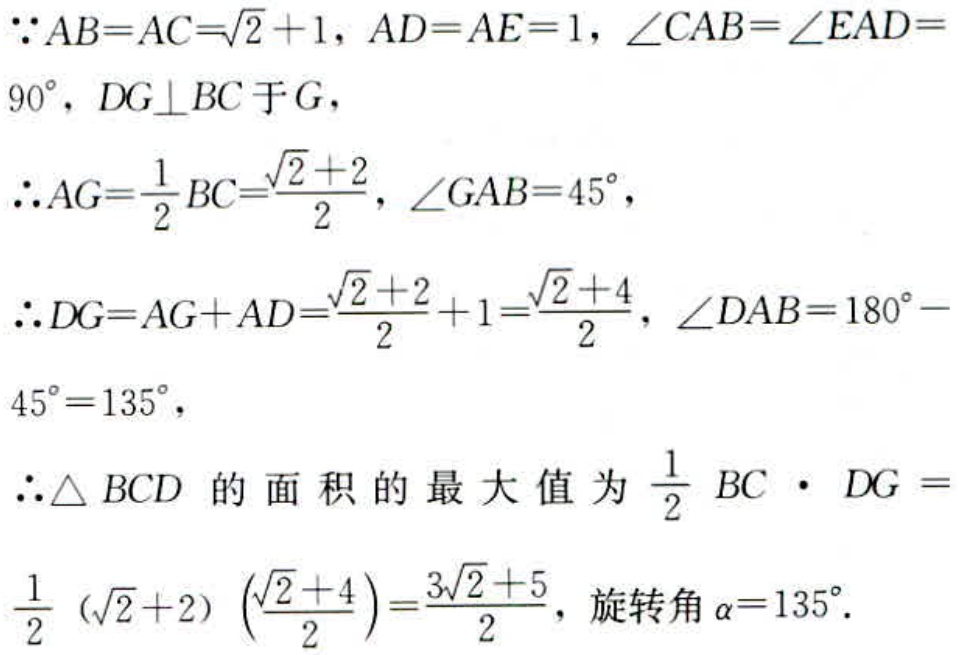
\(\because AB = AC=\sqrt{2}+1, AD = AE = 1,\angle CAB=\angle EAD = 90^{\circ}, DG\perp BC\text{ 于 }G,\)
\(\therefore AG=\frac{1}{2}BC=\frac{\sqrt{2}+2}{2},\angle GAB = 45^{\circ},\)
\(\therefore DG=AG + AD=\frac{\sqrt{2}+2}{2}+1=\frac{\sqrt{2}+4}{2},\angle DAB = 180^{\circ}-45^{\circ}=135^{\circ},\)
\(\therefore\triangle BCD\text{ 的面积的最大值为 }\frac{1}{2}BC\cdot DG=\)
\(\frac{1}{2}(\sqrt{2}+2)\left(\frac{\sqrt{2}+4}{2}\right)=\frac{3\sqrt{2}+5}{2},\text{ 旋转角 }\alpha = 135^{\circ}.\)